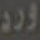
ورد